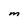
Character: M